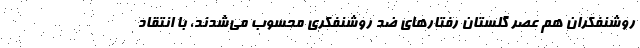
روشنفکران هم عصر گلستان رفتارهای ضد روشنفکری محسوب می‌شدند، با انتقاد